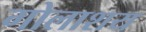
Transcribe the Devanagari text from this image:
गोलाशय